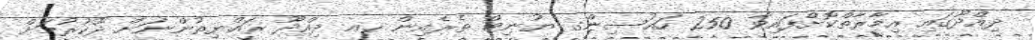
ދިއްދޫގައި އިމާރާތްކޮށްފައިވާ 250 ހައުސިންގ ޔުނިޓް ތެރެއިން ހއ ދިއްދޫ ރައްޔިތުންނަށް ދޫކުރުމަށް